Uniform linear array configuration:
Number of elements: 12
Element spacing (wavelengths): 0.25
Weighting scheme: uniform
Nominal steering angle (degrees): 60
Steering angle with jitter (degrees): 61.528
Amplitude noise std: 0.05
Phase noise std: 0.05

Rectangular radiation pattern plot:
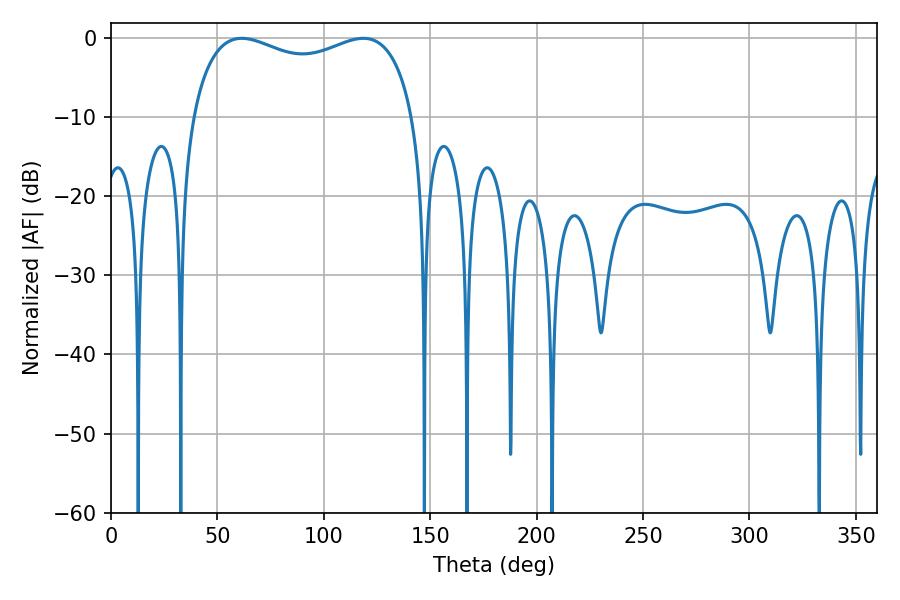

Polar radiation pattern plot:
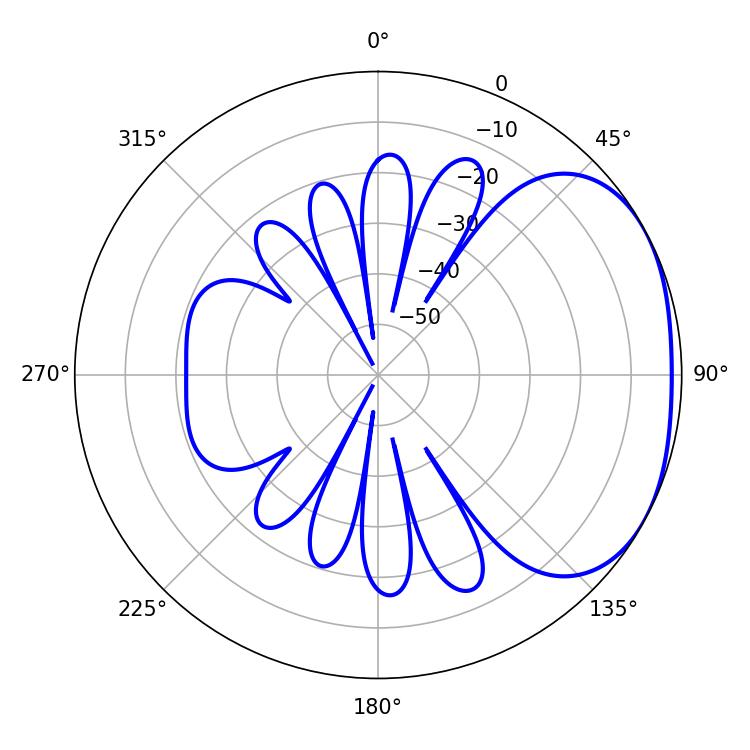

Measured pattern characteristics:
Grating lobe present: FALSE
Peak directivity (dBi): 2.373
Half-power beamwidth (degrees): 86.04
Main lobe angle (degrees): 61.38